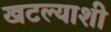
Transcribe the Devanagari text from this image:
खटल्याशी